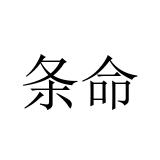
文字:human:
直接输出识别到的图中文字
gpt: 条命